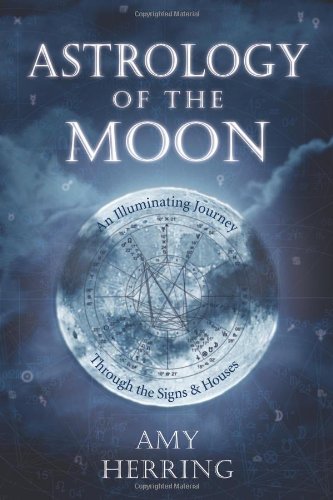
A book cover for Astrology of the Moon: An Illuminating Journey Through the Signs and Houses; Amy Herring; Religion & Spirituality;